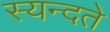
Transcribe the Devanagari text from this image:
स्यन्दते